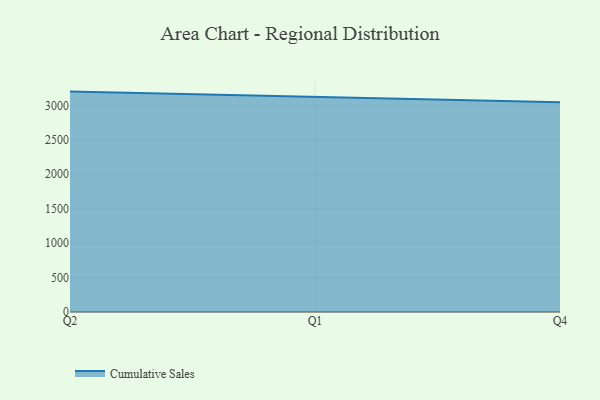
{"axis": {"x": "Quarter", "y": "Waste Production (Tons)"}, "legend": ["Cumulative Sales"], "data": [{"x": "Q2", "y": 3199.9, "type": "Cumulative Sales"}, {"x": "Q1", "y": 3124.4, "type": "Cumulative Sales"}, {"x": "Q4", "y": 3046.6, "type": "Cumulative Sales"}]}